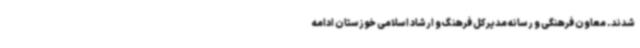
شدند. معاون فرهنگی و رسانه مدیرکل فرهنگ و ارشاد اسلامی خوزستان ادامه